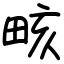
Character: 畡